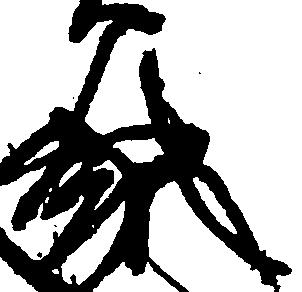
純